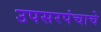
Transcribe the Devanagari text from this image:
उपसरपंचाचे